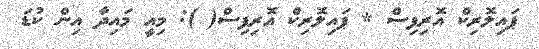
ޕައިލޮރިކް އޮރިފިސް * ޕައިލޮރިކް އޮރިފިސް( ): މިއީ މައިދާ އިން ކުޑަ